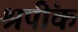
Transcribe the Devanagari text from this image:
श्रपींक